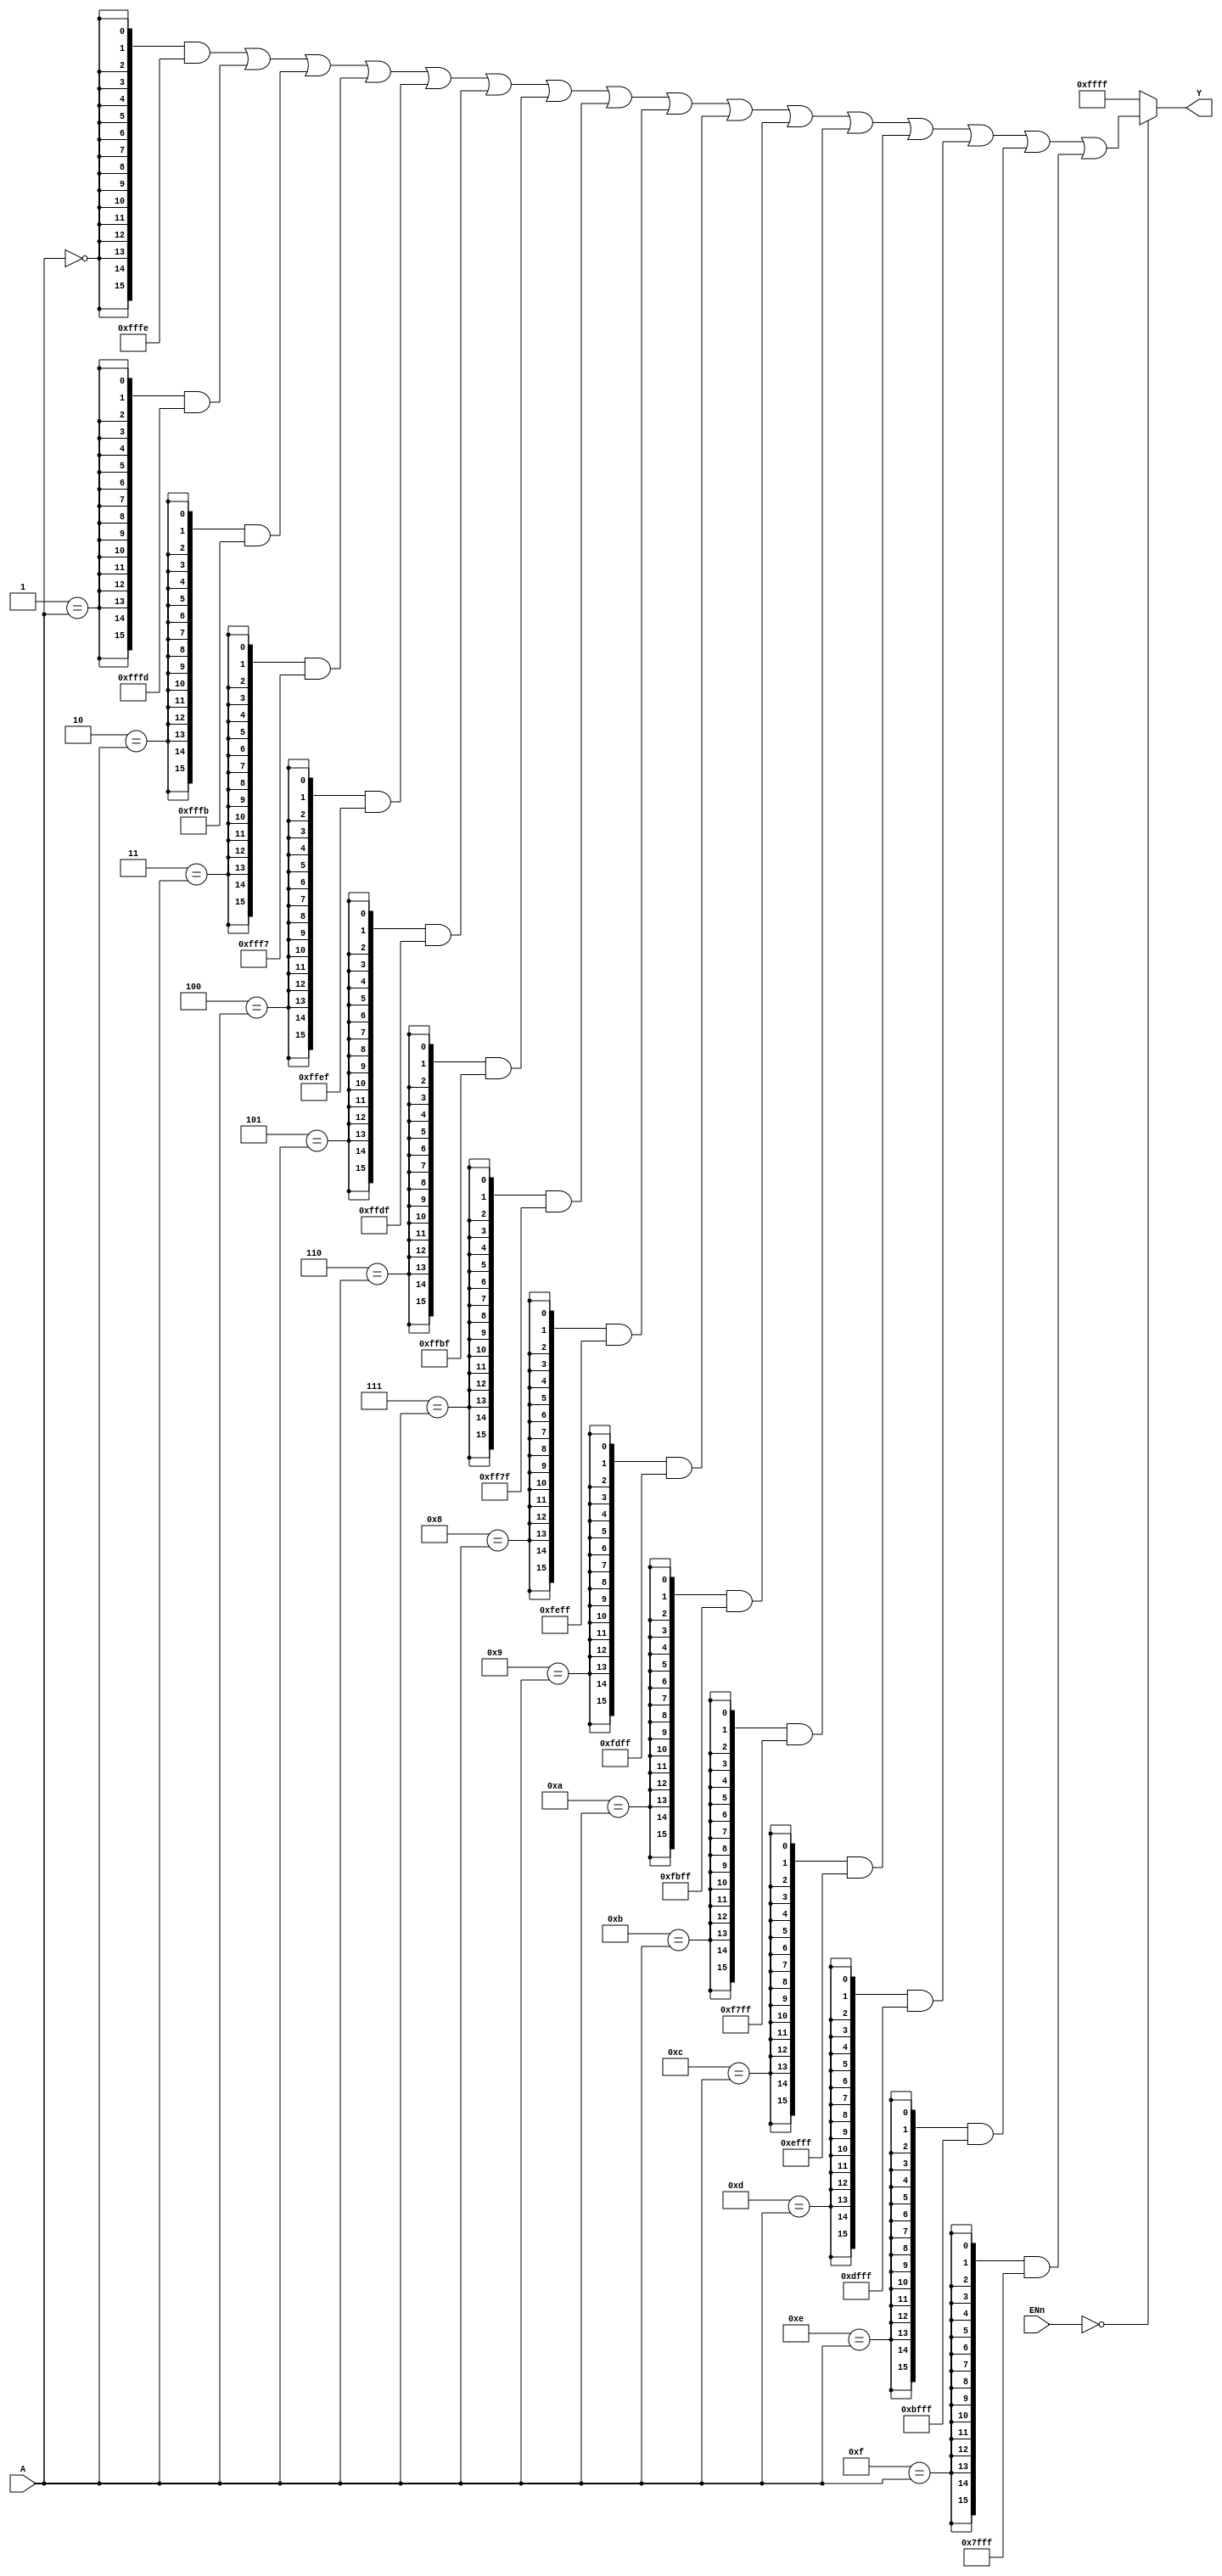
module M74HC154 (
    input  [3:0]                A,
    input  [1:0]                ENn,
           
    output [15:0]               Y
);

wire [15:0]                     TMP;

assign TMP[15:0] = {16{4'h0 == A[3:0]}} & 16'b1111_1111_1111_1110
                 | {16{4'h1 == A[3:0]}} & 16'b1111_1111_1111_1101
                 | {16{4'h2 == A[3:0]}} & 16'b1111_1111_1111_1011
                 | {16{4'h3 == A[3:0]}} & 16'b1111_1111_1111_0111
                 | {16{4'h4 == A[3:0]}} & 16'b1111_1111_1110_1111
                 | {16{4'h5 == A[3:0]}} & 16'b1111_1111_1101_1111
                 | {16{4'h6 == A[3:0]}} & 16'b1111_1111_1011_1111
                 | {16{4'h7 == A[3:0]}} & 16'b1111_1111_0111_1111
                 | {16{4'h8 == A[3:0]}} & 16'b1111_1110_1111_1111
                 | {16{4'h9 == A[3:0]}} & 16'b1111_1101_1111_1111
                 | {16{4'ha == A[3:0]}} & 16'b1111_1011_1111_1111
                 | {16{4'hb == A[3:0]}} & 16'b1111_0111_1111_1111
                 | {16{4'hc == A[3:0]}} & 16'b1110_1111_1111_1111
                 | {16{4'hd == A[3:0]}} & 16'b1101_1111_1111_1111
                 | {16{4'he == A[3:0]}} & 16'b1011_1111_1111_1111
                 | {16{4'hf == A[3:0]}} & 16'b0111_1111_1111_1111;

assign Y[15:0]   = (2'b00 == ENn[1:0]) ? TMP[15:0]
                                       : 16'b1111_1111_1111_1111;

endmodule